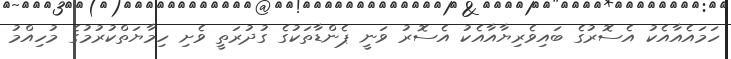
ހަމައެއާއެކު އެސޮރުގެ ބައިވެރިޔާއާއެކު އެސޮރު ވަނީ ޕެންޑާތަކުގެ ގުދުރަތީ ވެށި ހިމާޔަތްކުރުމުގެ މުހިއްމު